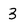
Character: 3